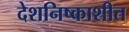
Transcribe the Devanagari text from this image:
देशनिष्काशीत